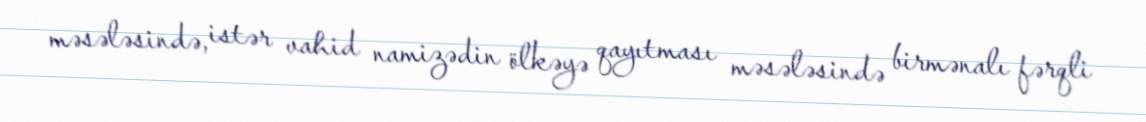
məsələsində, istər vahid namizədin ölkəyə qayıtması məsələsində birmənalı fərqli